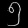
Digit: ၅